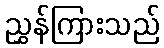
ညွှန်ကြားသည်